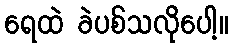
ရေထဲ ခဲပစ်သလိုပေါ့။